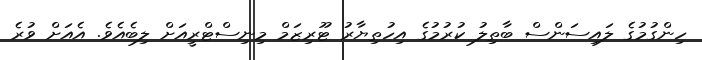
ހިންގުމުގެ ލައިސަންސް ބާތިލު ކުރުމުގެ އިހުތިޔާރު ޓޫރިޒަމް މިނިސްޓްރީއަށް ލިބެއެވެ. އެއަށް ވުރެ